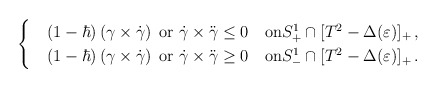
\begin{align*}\begin{cases}&\left(1-\hbar\right)\left(\gamma\times\dot{\gamma}\right) \hbox{ or }\dot{\gamma}\times\ddot{\gamma} \le 0 \quad\hbox{on}S^1_+\cap[T^2 - \Delta(\varepsilon)]_+\,,\\&\left(1-\hbar\right)\left(\gamma\times\dot{\gamma}\right) \hbox{ or }\dot{\gamma}\times\ddot{\gamma} \ge 0 \quad\hbox{on}S^1_-\cap[T^2 - \Delta(\varepsilon)]_+\,.\\\end{cases}\end{align*}